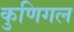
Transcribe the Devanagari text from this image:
कुणिगल